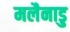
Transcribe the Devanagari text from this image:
मलैनाडु